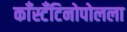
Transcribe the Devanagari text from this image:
काँस्टँटिनोपोलला